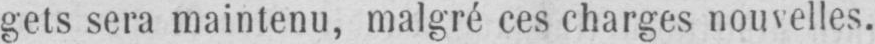
gets sera maintenu, malgré ces charges nouvelles.